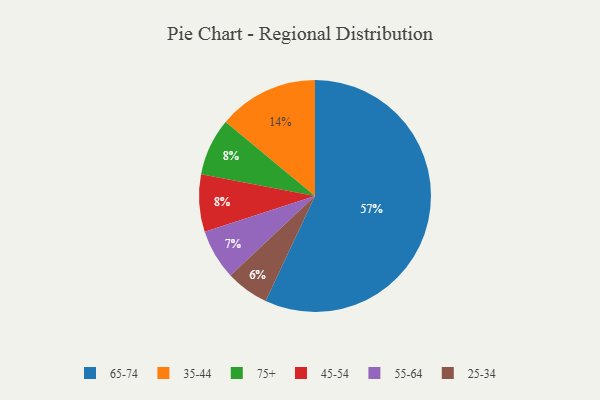
{"axis": {"x": "Category", "y": "Percentage"}, "legend": ["25-34", "35-44", "45-54", "55-64", "65-74", "75+"], "data": [{"x": "75+", "y": 8, "type": "75+"}, {"x": "45-54", "y": 8, "type": "45-54"}, {"x": "25-34", "y": 6, "type": "25-34"}, {"x": "65-74", "y": 57, "type": "65-74"}, {"x": "55-64", "y": 7, "type": "55-64"}, {"x": "35-44", "y": 14, "type": "35-44"}]}